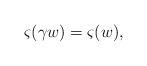
LaTeX: \begin{align*}\varsigma(\gamma w)=\varsigma(w),\end{align*}